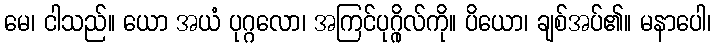
မေ၊ ငါသည်။ ယော အယံ ပုဂ္ဂလော၊ အကြင်ပုဂ္ဂိုလ်ကို။ ပိယော၊ ချစ်အပ်၏။ မနာပေါ၊